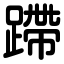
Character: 蹛